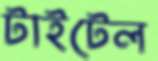
টাইটেল